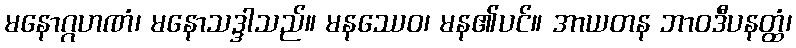
မနောဂ္ဂဟဏံ၊ မနောသဒ္ဒါသည်။ မနဿေဝ၊ မန၏ပင်။ အာယတန ဘာဝဒီပနတ္ထံ၊